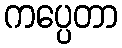
ကပ္ပေတာ